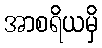
အာစရိယမှိ